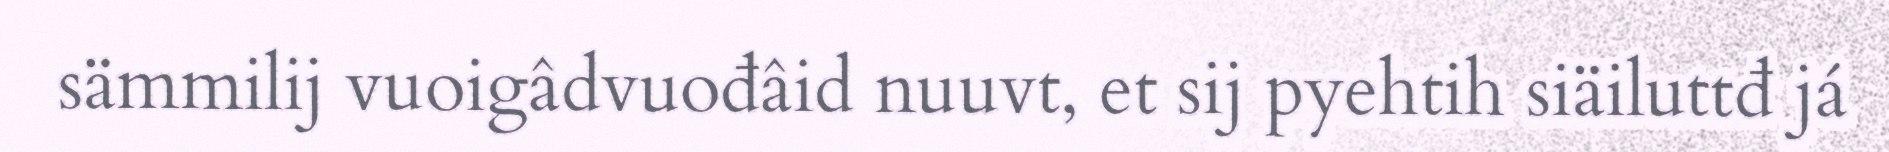
sämmilij vuoigâdvuođâid nuuvt, et sij pyehtih siäiluttđ já